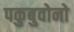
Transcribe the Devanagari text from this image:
पकुबुवोनो